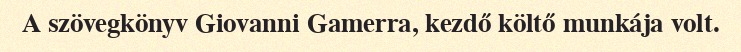
A szövegkönyv Giovanni Gamerra, kezdő költő munkája volt.